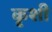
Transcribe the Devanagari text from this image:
कृशी